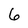
Character: 6